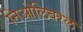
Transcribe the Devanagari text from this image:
निओलिबरल